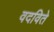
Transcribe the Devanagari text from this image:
वदविते